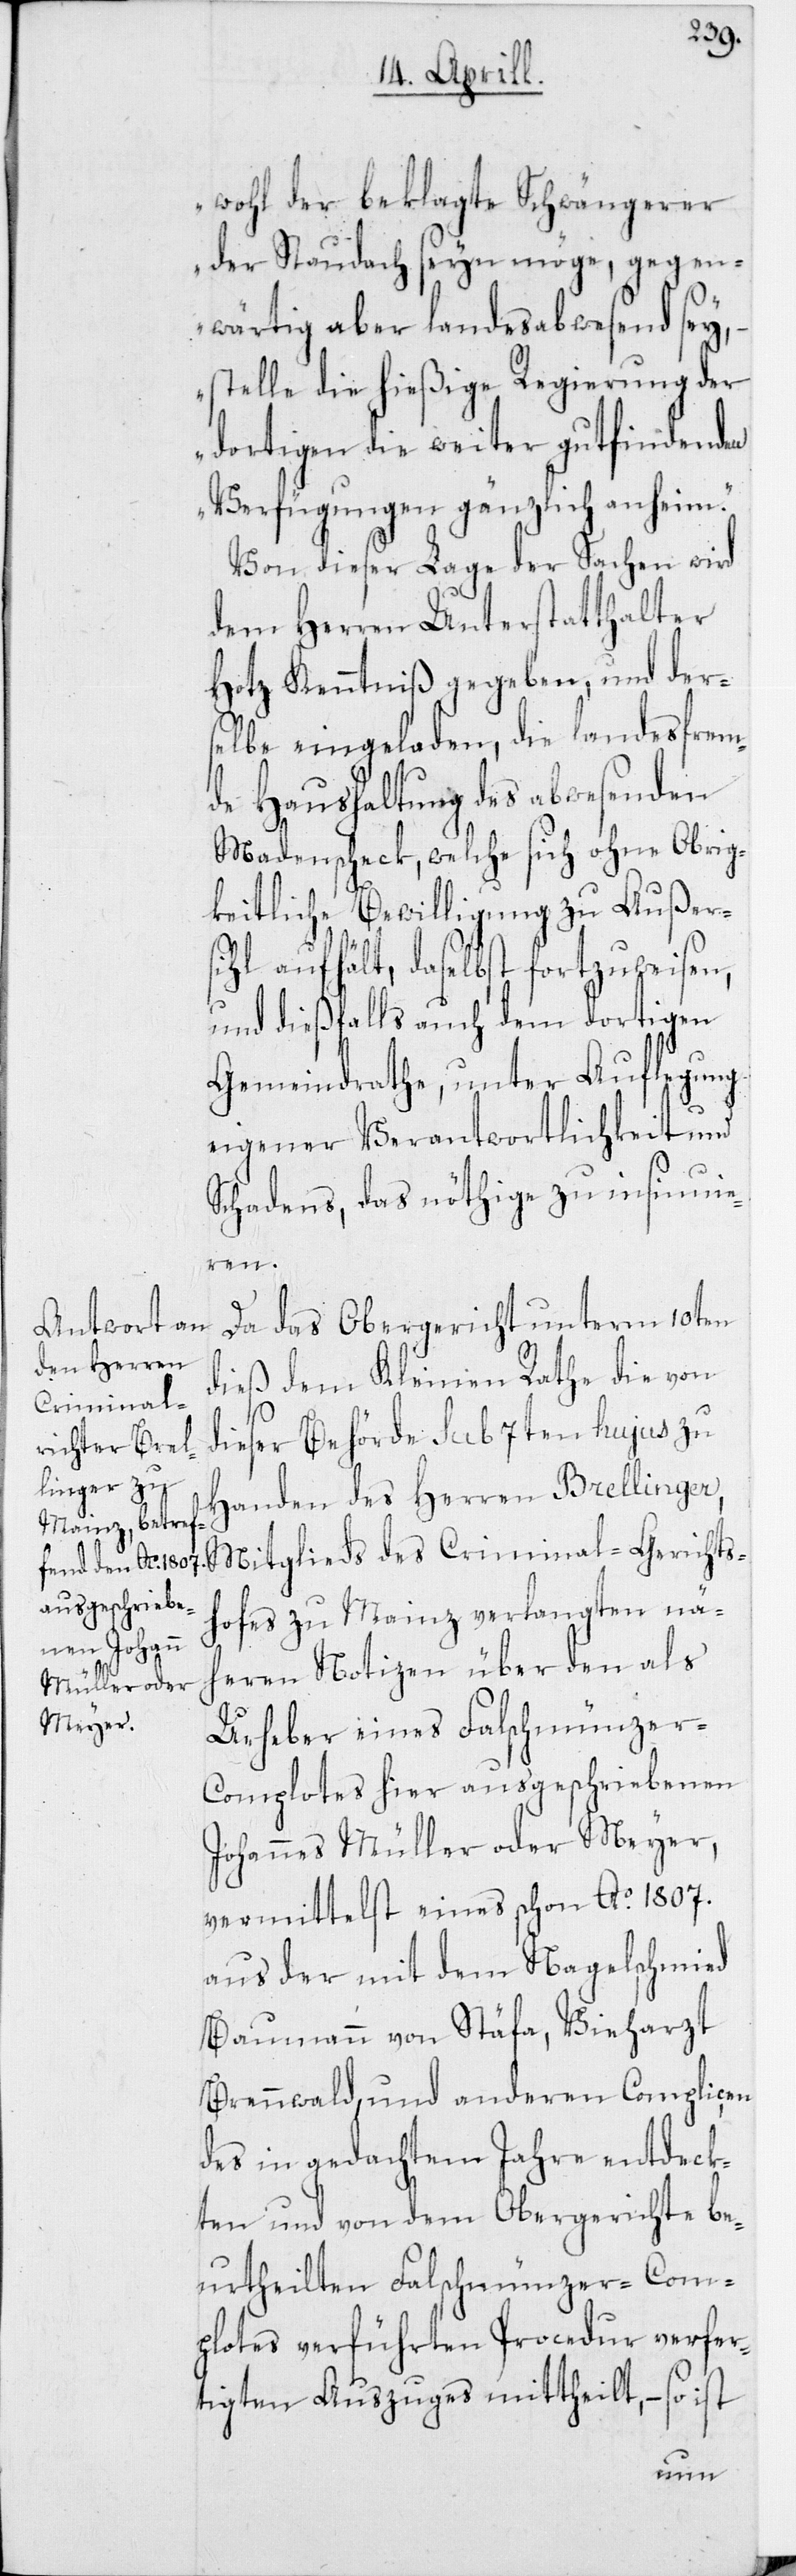
wohl der beklagte Schwängerer
der Staudach seyn möge, gegen¬
wärtig aber landesabwesend sey,
–stelle die hießige Regierung der
dortigen die weiter gut findende
Verfügungen gänzlich anheim.“
Von dieser Lage der Sachen wird
dem Herren Unterstatthalter
Hotz Kenntniß gegeben, und der¬
selbe eingeladen, die landesfrem¬
de Haushaltung des abwesenden
Madenscheck, welche sich ohne Obrig¬
keitliche Bewilligung zu Außers¬
ihl aufhält, daselbst fortzuweisen,
und dießfalls auch dem dortigen
Gemeindrathe, unter Auflegung
eigener Verantwortlichkeit und
Schadens, das nöthige zu insinuie¬
ren.
Da das Obergericht unterm 10ten
dieß dem Kleinen Rathe die von
dieser Behörde sub 7ten hujus zu
Handen des Herren Brellinger,
Mitglieds des Criminal-Gerichts¬
hofes zu Mainz verlangten nä¬
heren Notizen über den als
Urheber eines Falschmünzer-C¬
omplotes hier ausgeschriebenen
Johannes Müller oder Meyer,
vermittelst eines schon Ao 1807.
aus der mit dem Nagelschmied
Baumann von Stäfa, Vieharzt
Brennwald, und anderen Compliçen
des in gedachtem Jahre entdeck¬
ten und von dem Obergerichte be¬
urtheilten Falschmünzer-Com¬
plotes verführten Procedur verfer¬
tigten Auszuges mittheilt, – so ist